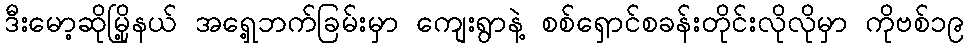
ဒီးမော့ဆိုမြို့နယ် အရှေ့ဘက်ခြမ်းမှာ ကျေးရွာနဲ့ စစ်ရှောင်စခန်းတိုင်းလိုလိုမှာ ကိုဗစ်၁၉